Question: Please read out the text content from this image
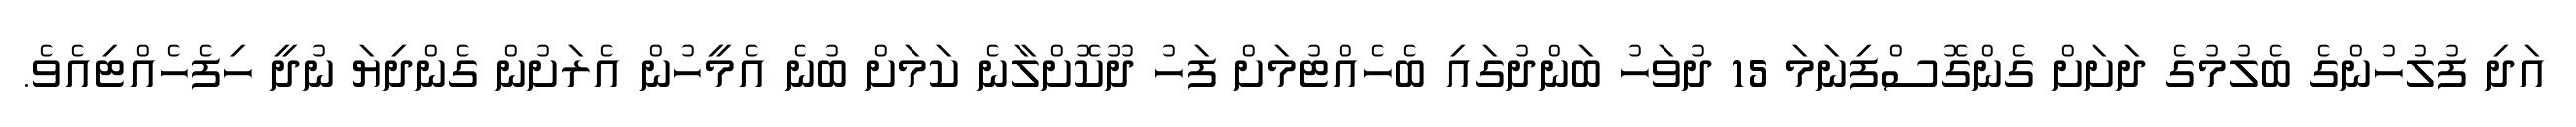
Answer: އަދި ފުލުހުންގެ ބެލުމުގެ ދަށަށް ގެންގޮސްފިނަމަ 15 ދުވަހު ބަންދުގައި ބެހެއްޓުމަށް ފަހު ދޫކޮށްލާނެ ކަމަށް ބުނެ އެމީހުން އެރަށުން ގެންދިޔަ ނުދީ ހިފެހެއްޓިއެވެ.